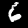
Label: 6